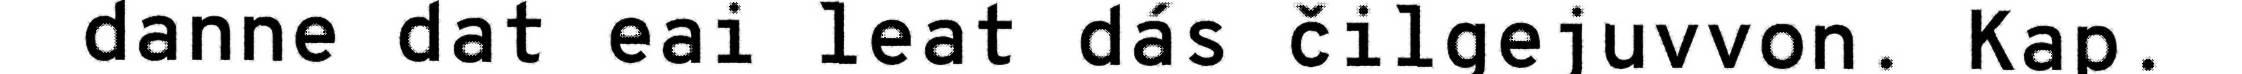
danne dat eai leat dás čilgejuvvon. Kap.